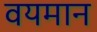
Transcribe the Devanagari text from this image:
वयमान